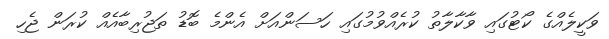
ވަކީލެއްގެ ކޯޓުގައި ވާކާލާތު ކުރެއްވުމުގައި ހަސަންއަށް އެންމެ ބޮޑު ތަޖުރިބާއެއް ކުރަން ޖެހި